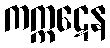
ကက္ကဋေန